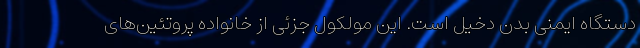
دستگاه ایمنی بدن دخیل است. این مولکول جزئی از خانوادهٔ پروتئین‌های